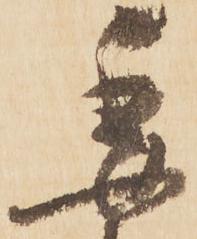
委